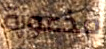
مذعورة